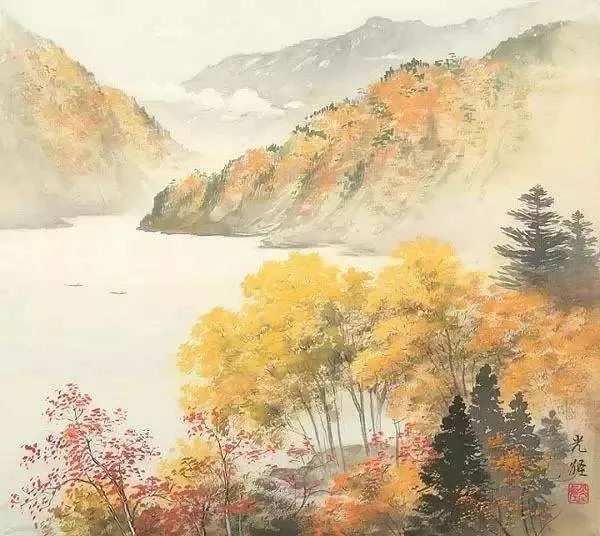
江水漾西风，江花脱晚红。